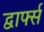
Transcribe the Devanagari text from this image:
द्वार्फ्स